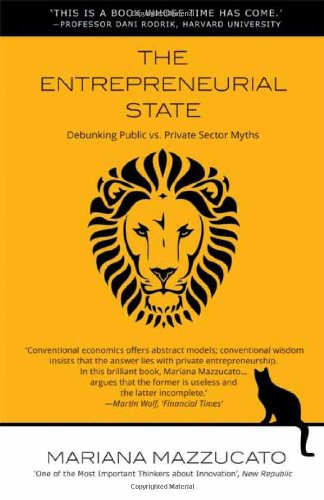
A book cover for The Entrepreneurial State: Debunking Public vs. Private Sector Myths (Anthem Other Canon Economics); Mariana Mazzucato; Business & Money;